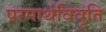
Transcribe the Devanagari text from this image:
परमार्थविवृति